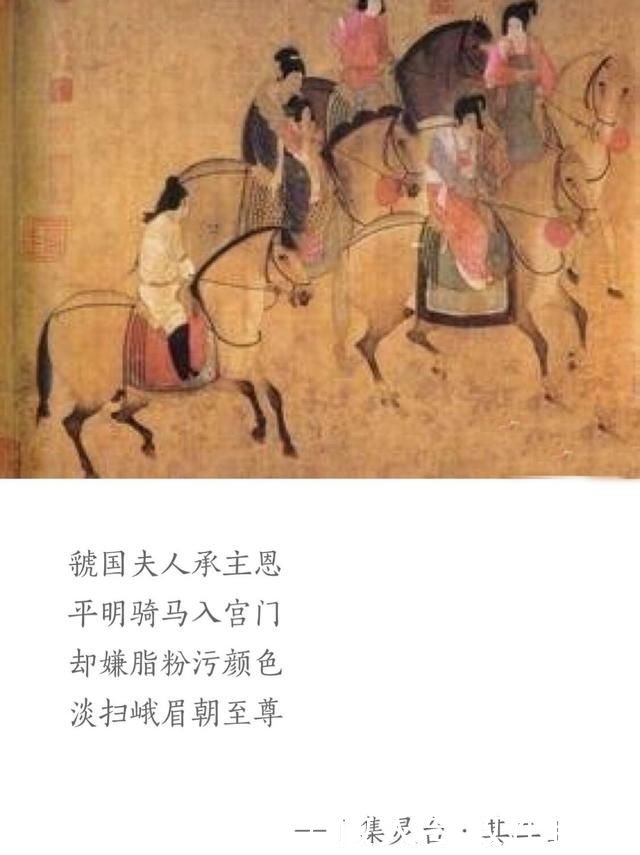
虢国夫人承主恩，平明骑马入宫门。